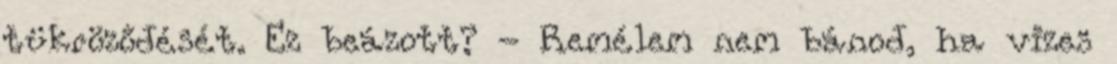
tükröződését. Ez beázott? - Remélem nem bánod, ha vizes